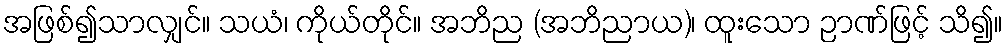
အဖြစ်၍သာလျှင်။ သယံ၊ ကိုယ်တိုင်။ အဘိည (အဘိညာယ)၊ ထူးသော ဉာဏ်ဖြင့် သိ၍။